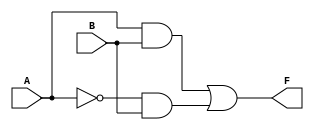
module two_variable_kmap (
    input wire A,    // First input variable
    input wire B,    // Second input variable
    output wire F    // Output variable
);

// K-map logic implementation
// The output F is derived based on the truth table and K-map groupings
assign F = (A & B) | (~A & B); // Example expression based on a K-map grouping

endmodule